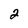
Character: 2